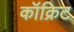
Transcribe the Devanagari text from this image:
कॉक्रिट